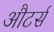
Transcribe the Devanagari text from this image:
औटर्स